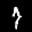
Label: 7